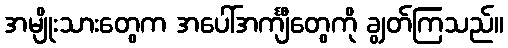
အမျိုးသားတွေက အပေါ်အင်္ကျီတွေကို ချွတ်ကြသည်။